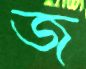
জ